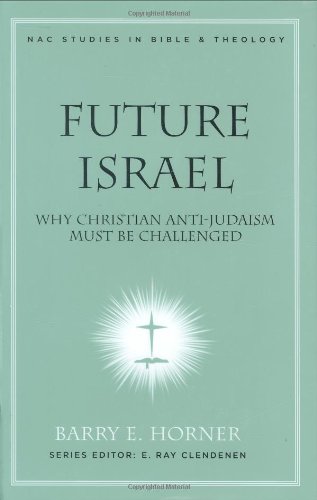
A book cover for Future Israel: Why Christian Anti-Judaism Must Be Challenged (New American Commentary Studies in Bible and Theology); Barry E. Horner; History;